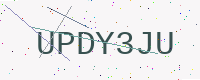
Text: UPDY3JU